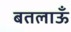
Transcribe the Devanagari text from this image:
बतलाऊँ